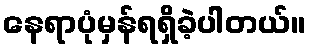
နေရာပုံမှန်ရရှိခဲ့ပါတယ်။